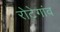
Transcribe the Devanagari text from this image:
रोटेगांव